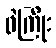
ဖဲကြိုး